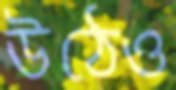
উঠেও